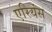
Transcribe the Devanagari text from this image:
एरियंस